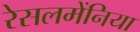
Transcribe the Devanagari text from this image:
रेसलमेंनिया